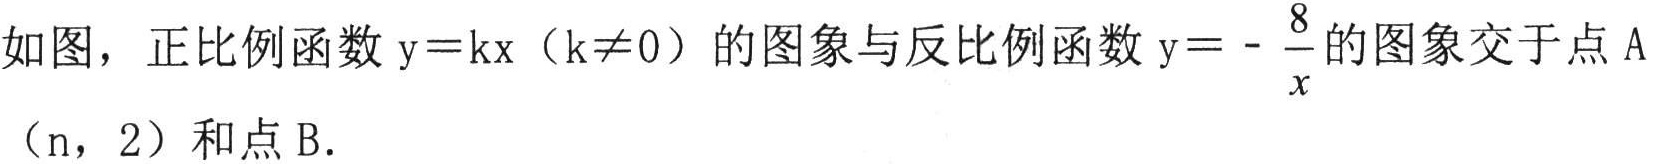
如图，正比例函数$\mathrm{y}=kx（k\neq0）$的图象与反比例函数$\mathrm{y}=-\dfrac{8}{x}$的图象交于点$\mathrm{A}$$(n，2)$和点$\mathrm{B}.$